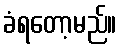
ခံရတော့မည်။